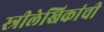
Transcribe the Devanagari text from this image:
स्त्रीलेखिकांची